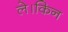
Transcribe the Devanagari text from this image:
ले।किन